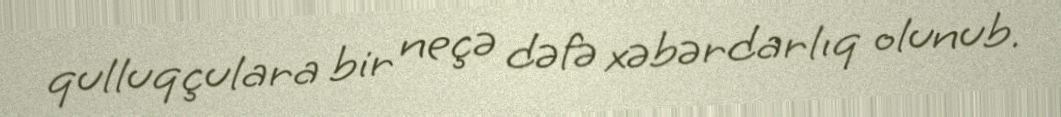
qulluqçulara bir neçə dəfə xəbərdarlıq olunub.